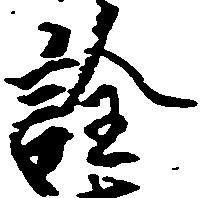
詮